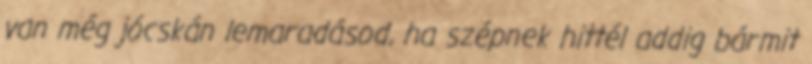
van még jócskán lemaradásod, ha szépnek hittél addig bármit